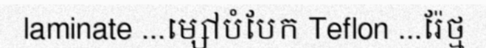
laminate ...ម្សៅបំបែក Teflon ...រ៉ែថ្ម